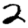
Digit: 2